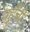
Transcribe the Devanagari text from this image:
पहूँची